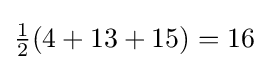
{\tfrac {1}{2}}(4+13+15)=16